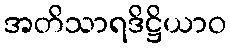
အတိသာရဒိဋ္ဌိယာဝ